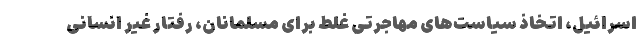
اسرائیل، اتخاذ سیاست­های مهاجرتی غلط برای مسلمانان، رفتار غیر انسانی